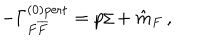
- \Gamma _ { F { \overline { { { F } } } } } ^ { ( 0 ) \mathrm { { p e r t } } } = p { \hspace { - 0 . 2 c m } / } + \hat { m } _ { F } \, ,